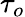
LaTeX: \tau_{o}